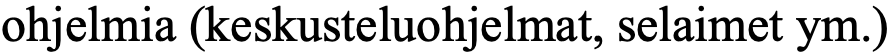
ohjelmia (keskusteluohjelmat, selaimet ym.)